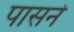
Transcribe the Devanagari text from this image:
पासने